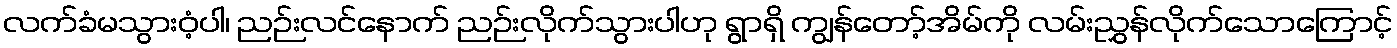
လက်ခံမသွားဝံ့ပါ၊ ညဉ်းလင်နောက် ညဉ်းလိုက်သွားပါဟု ရွာရှိ ကျွန်တော့်အိမ်ကို လမ်းညွှန်လိုက်သောကြောင့်